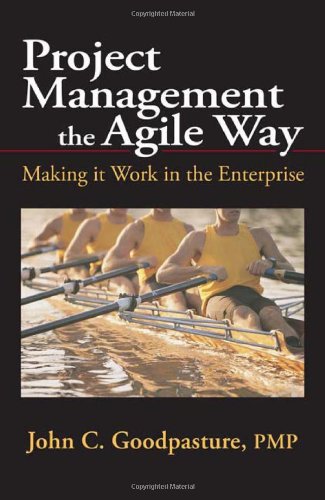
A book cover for Project Management the Agile Way: Making It Work in the Enterprise; John C. Goodpasture; Computers & Technology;